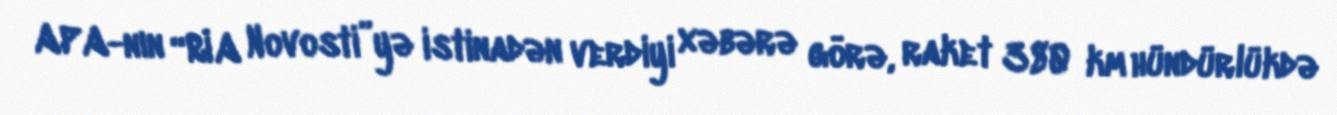
APA-nın “RİA Novosti”yə istinadən verdiyi xəbərə görə, raket 380 km hündürlükdə